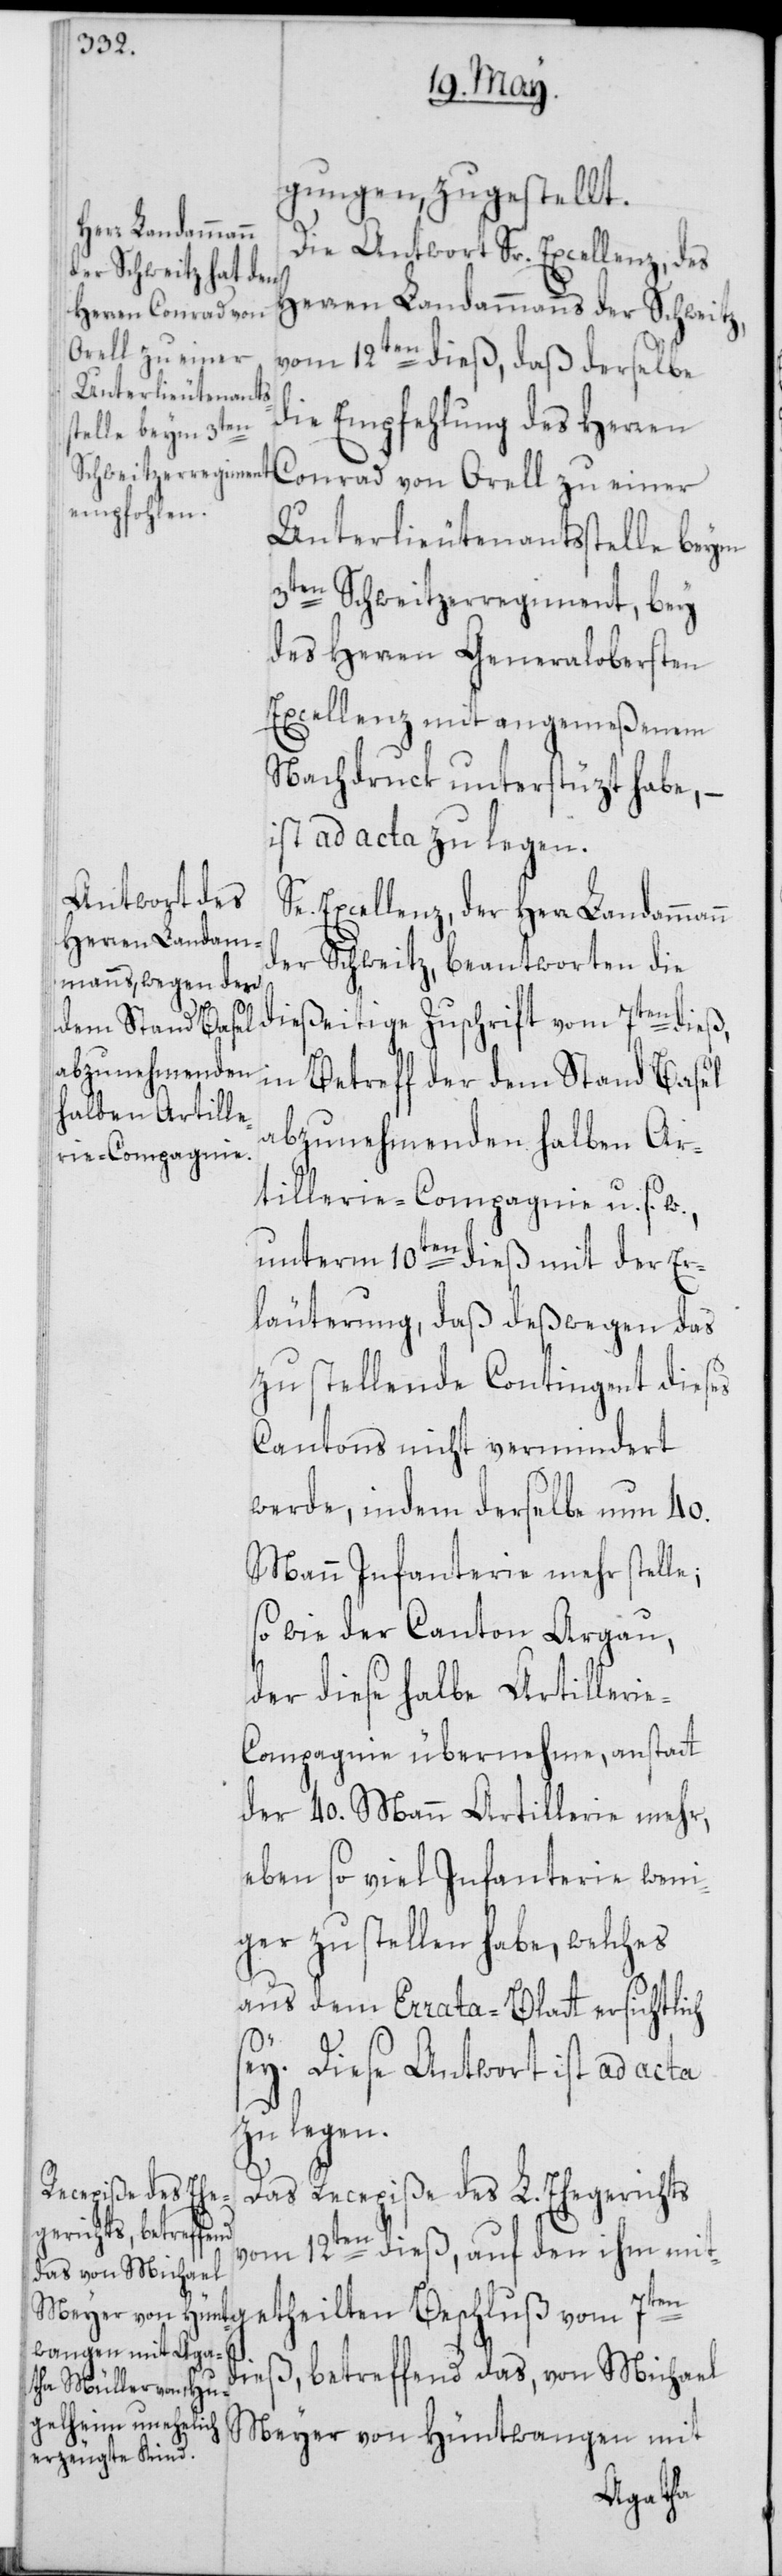
gungen, zugestellt.
Die Antwort Sr. Excellenz, des
Herren Landammanns der Schweitz,
vom 12ten dieß, daß derselbe
die Empfehlung des Herren
Conrad von Orell zu einer
Unterlieutenantsstelle beym
3ten Schweitzerregiment, bey
des Herren Generalobersten
Excellenz mit angemeßenem
Nachdruck unterstüzt habe, –
ist ad acta zu legen.
Se. Excellenz, der Herr Landammann
der Schweitz, beantworten die
dießeitige Zuschrift vom 7ten dieß,
in Betreff der dem Stand Basel
abzunehmenden halben Ar¬
tillerie-Compagnie u. s. w.,
unterm 10ten dieß mit der Er¬
läuterung, daß deßwegen das
zu stellende Contingent dieses
Cantons nicht vermindert
werde, indem derselbe nun 40.
Mann Infanterie mehr stelle;
so wie der Canton Argau,
der diese halbe Artilleri¬
e-Compagnie übernehme, anstatt
der 40. Mann Artillerie mehr,
eben so viel Infanterie weni¬
ger zu stellen habe, welches
aus dem Errata-Blatt ersichtlich
sey. Diese Antwort ist ad acta
zu legen.
Das Recepiße des L. Ehegerichts
vom 12ten dieß, auf den ihm mit¬
getheilten Beschluß vom
dieß, betreffend das, von Michael
Meyer von Hüntwangen mit